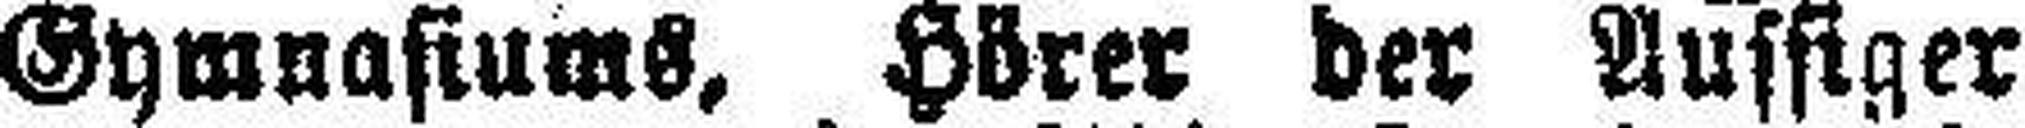
Gymnasiums, Hörer der Aussiger